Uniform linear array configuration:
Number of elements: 4
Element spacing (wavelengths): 0.5
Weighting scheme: cosine
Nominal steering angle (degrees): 45
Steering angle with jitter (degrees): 44.59
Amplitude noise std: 0.05
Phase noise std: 0.05

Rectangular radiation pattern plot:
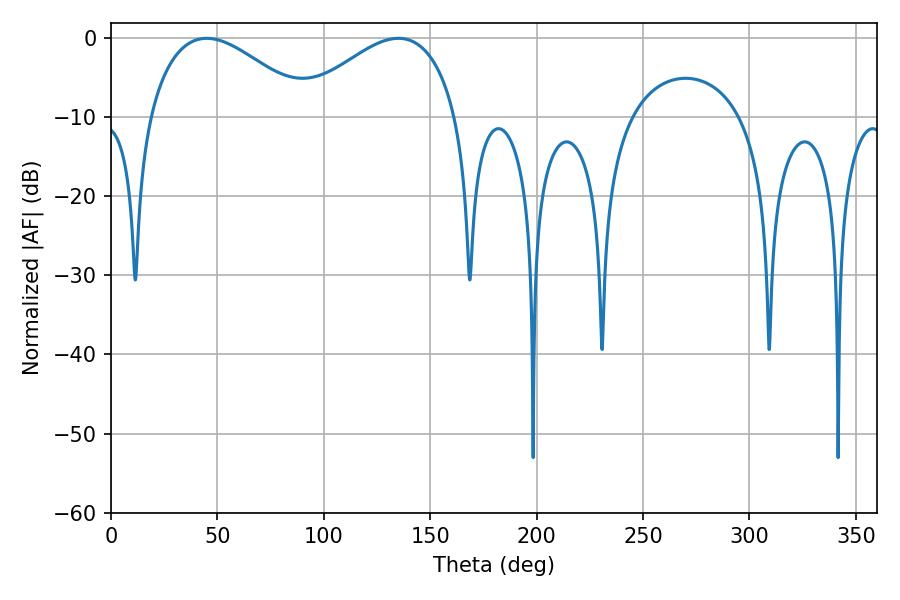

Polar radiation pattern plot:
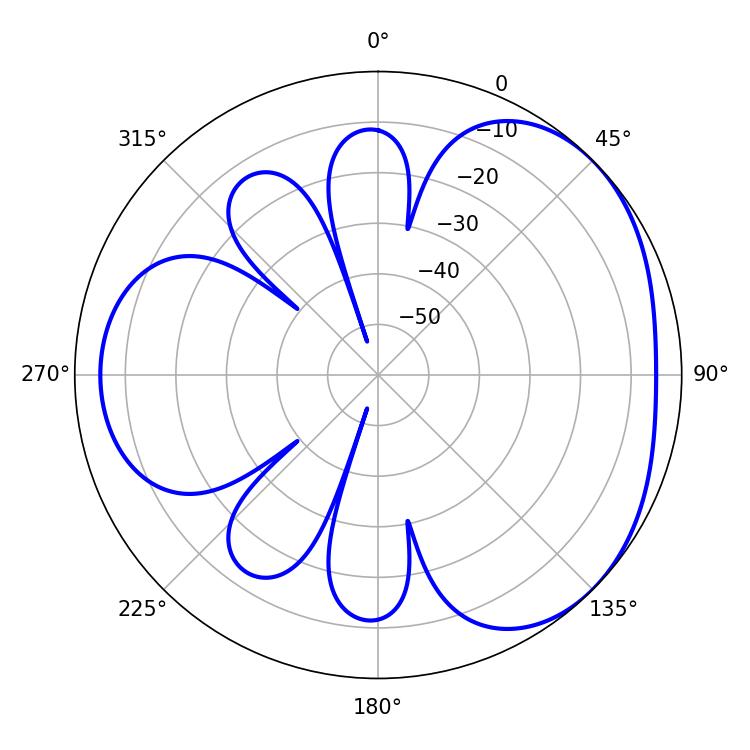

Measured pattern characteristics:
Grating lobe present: FALSE
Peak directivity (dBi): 3.382
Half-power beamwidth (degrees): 41.4
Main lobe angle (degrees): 45